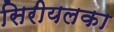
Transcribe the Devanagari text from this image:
सिरीयलका